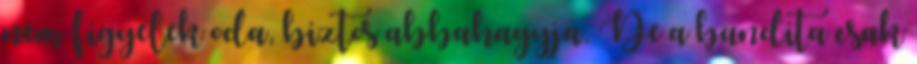
nem figyelek oda, biztos abbahagyja. De a bandita csak